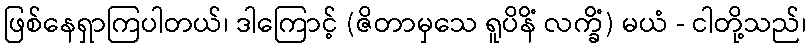
ဖြစ်နေရှာကြပါတယ်၊ ဒါကြောင့် (ဇိတာမှသေ ရူပိနိံ လက္ခိံ) မယံ - ငါတို့သည်၊